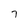
Character: 7